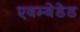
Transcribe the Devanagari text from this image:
एबम्बेडेड